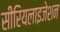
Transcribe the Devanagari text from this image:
सीरियलाइजेशन